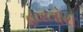
હારતોરા